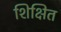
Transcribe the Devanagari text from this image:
शिक्षित